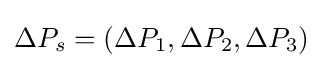
\Delta P_{s}=(\Delta P_{1},\Delta P_{2},\Delta P_{3})